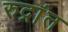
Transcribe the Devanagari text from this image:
रुद्रांत